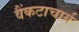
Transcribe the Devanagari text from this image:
वैंकटाचार्य